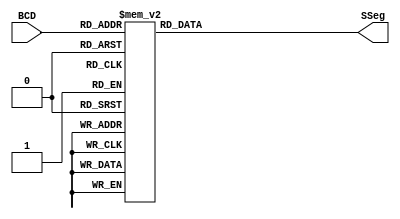
module BCDtoSSeg (BCD, SSeg);

  input [3:0] BCD; // nmero a mostrar en el display
  output reg [6:0] SSeg; // nmero de entrada convertido para mostrar el dgito correcto
always @ ( * ) begin
  case (BCD) // se crear una tabla de verdad para cada numero posible en la entrada
   4'b0000: SSeg = 7'b0000001; // "0"  
	4'b0001: SSeg = 7'b1001111; // "1" 
	4'b0010: SSeg = 7'b0010010; // "2" 
	4'b0011: SSeg = 7'b0000110; // "3" 
	4'b0100: SSeg = 7'b1001100; // "4" 
	4'b0101: SSeg = 7'b0100100; // "5" 
	4'b0110: SSeg = 7'b0100000; // "6" 
	4'b0111: SSeg = 7'b0001111; // "7" 
	4'b1000: SSeg = 7'b0000000; // "8"  
	4'b1001: SSeg = 7'b0000100; // "9" 
   4'ha: SSeg = 7'b0001000; // A 
   4'hb: SSeg = 7'b1100000; // B
   4'hc: SSeg = 7'b0110001; // C
   4'hd: SSeg = 7'b1000010; // D
   4'he: SSeg = 7'b0110000; // E
   4'hf: SSeg = 7'b0111000; // F
	
	
    default:
    SSeg = 0; // si no coincide ningun caso, el display no muestra nada
  endcase
end

endmodule